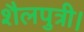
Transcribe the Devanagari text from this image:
शैलपुत्री।